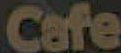
Cafe